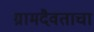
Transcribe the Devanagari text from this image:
ग्रामदैवताचा